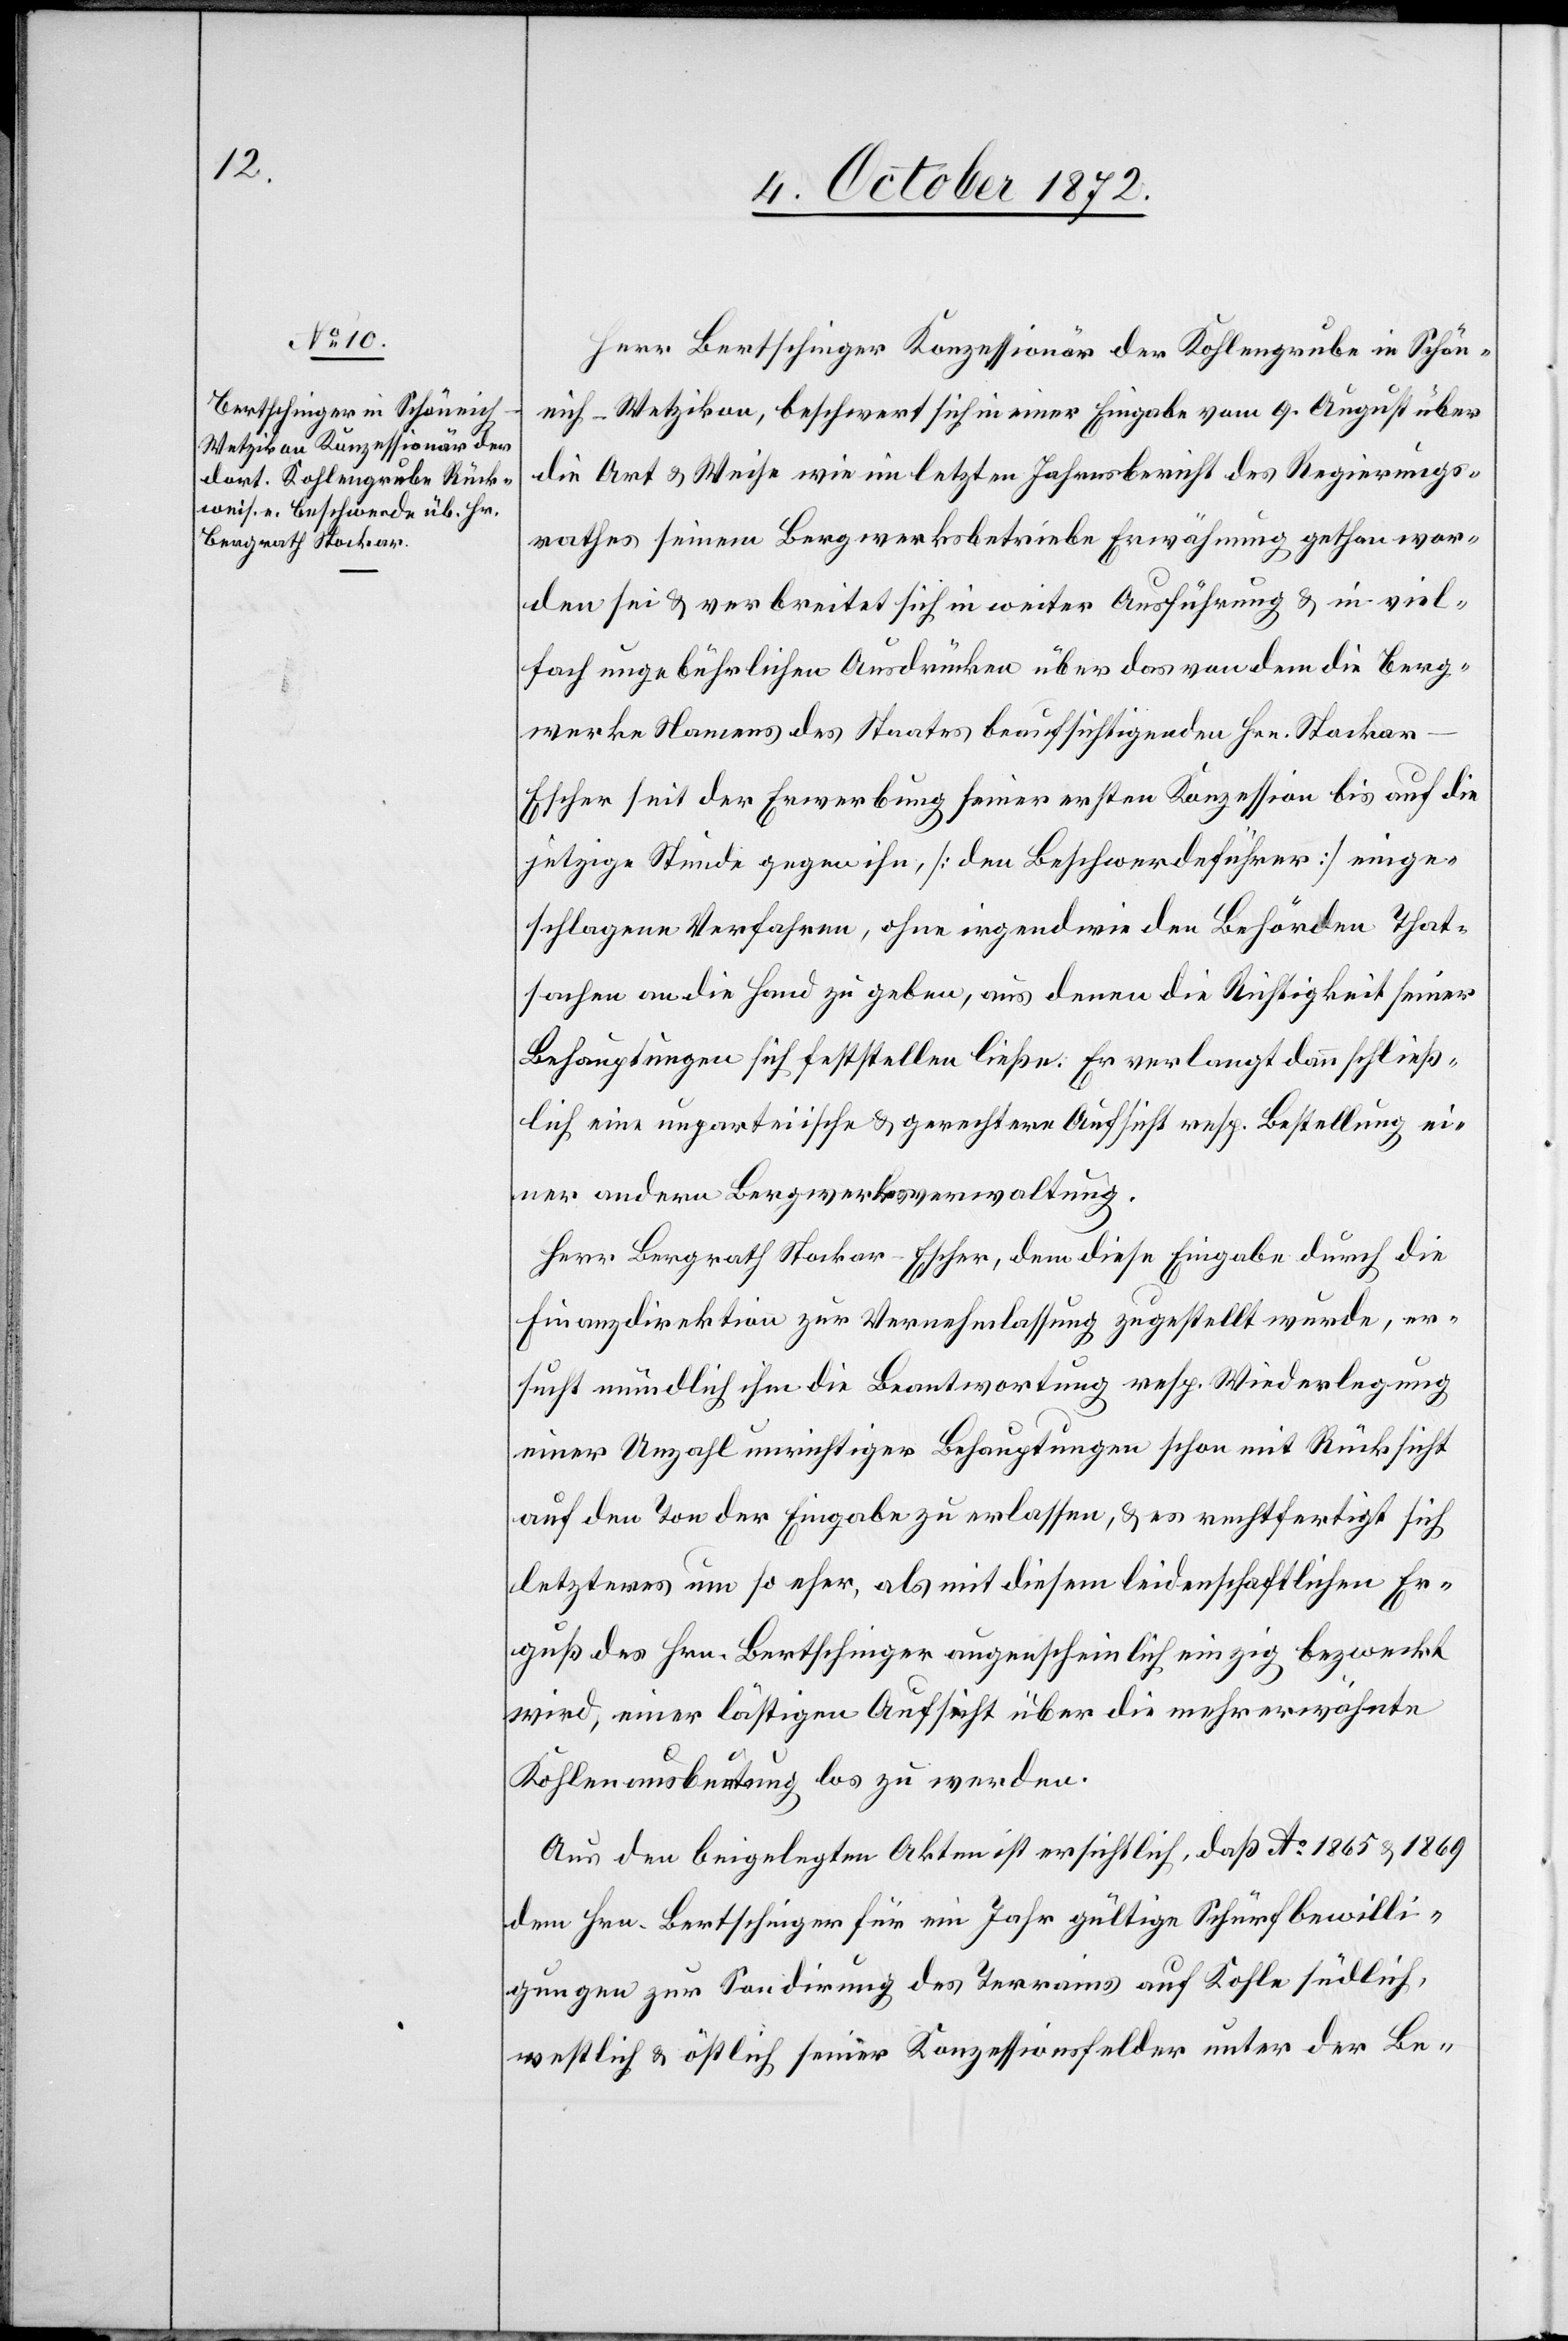
Herr Bertschinger Konzessionär der Kohlegrube in Schön¬
eich-Wetzikon, beschwert sich in einer Eingabe vom 9. August über
die Art u. Weise wie im letzten Jahresbericht des Regierungs¬
rathes seinem Bergwerksbetriebe Erwähnung gethan wor¬
den sei u. verbreitet sich in weiter Ausführung u. in viel¬
fach ungebührlichen Ausdrücken über das von dem die Berg¬
werke Namens des Staates beaufsichtigenden Hrn. Stocka¬
r-Escher seit der Erwerbung seiner ersten Konzession bis auf die
jetzige Stunde gegen ihn, [den Beschwerdeführer] einge¬
schlagene Verfahren, ohne irgendwie den Behörden That¬
sachen an die Hand zu geben, aus denen die Richtigkeit seiner
Behauptungen sich feststellen ließe. Er verlangt dann schließ¬
lich eine unparteiische u. gerechtere Aufsicht resp. Bestellung ei¬
ner andern Bergwerksverwaltung.
Herr Bergrath Stockar-Escher, dem diese Eingabe durch die
Finanzdirektion zur Vernehmlassung zugestellt wurde, er¬
sucht mündlich ihm die Beantwortung resp. Wiederlegung
einer Anzahl unrichtiger Behauptungen schon mit Rücksicht
auf den Ton der Eingabe zu erlassen, u. es rechtfertigt sich
letzteres um so eher, als mit diesem leidenschaftlichen Er¬
guß des Hrn. Bertschinger augenscheinlich einzig bezweckt
wird, einer lästigen Aufsicht über die mehrerwähnte
Kohlenausbeutung los zu werden.
Aus den beigelegten Akten ist ersichtlich, daß Ao 1865 u. 1869
dem Hrn. Bertschinger für ein Jahr gültige Schürfbewilli¬
gungen zur Sondirung des Terrains auf Kohle südlich,
westlich u. östlich seiner Konzessionsfelder unter der Be-